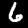
Label: 6